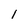
Character: l